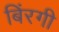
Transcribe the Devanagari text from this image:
बिंरगी